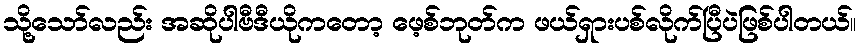
သို့သော်လည်း အဆိုပါဗီဒီယိုကတော့ ဖေ့စ်ဘုတ်က ဖယ်ရှားပစ်လိုက်ပြီပဲဖြစ်ပါတယ်။